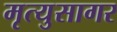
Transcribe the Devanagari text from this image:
मृत्युसागर